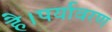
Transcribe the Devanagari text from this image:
है।पर्यावरण